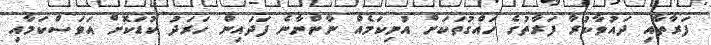
ފަރާތާއި ދައުވާކުރާ ފަރާތުގެ ހައްގުތަކަށް އުނިކަމެއް ނާންނާނެ ފަދައިން ހަރަދު ކުޑަކޮށް އަވަސްކަމާއި